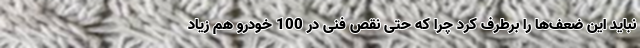
نباید این ضعف‌ها را برطرف کرد چرا که حتی نقص فنی در 100 خودرو هم زیاد